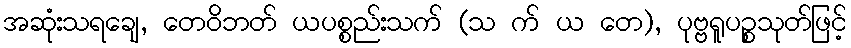
အဆုံးသရချေ, တေဝိဘတ် ယပစ္စည်းသက် (သ က် ယ တေ), ပုဗ္ဗရူပဉ္စသုတ်ဖြင့်